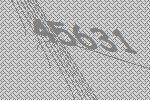
45631